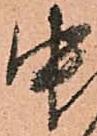
中